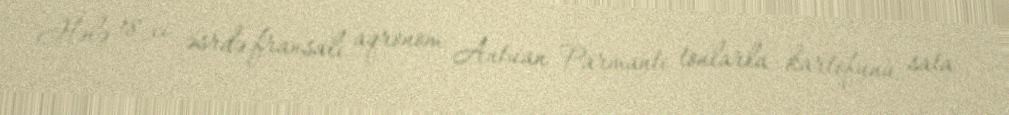
Hələ 18-ci əsrdə fransalı aqronom Antuan Parmante tonlarla kartofunu sata